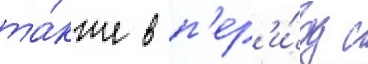
та́кже в п'ер'и́од с